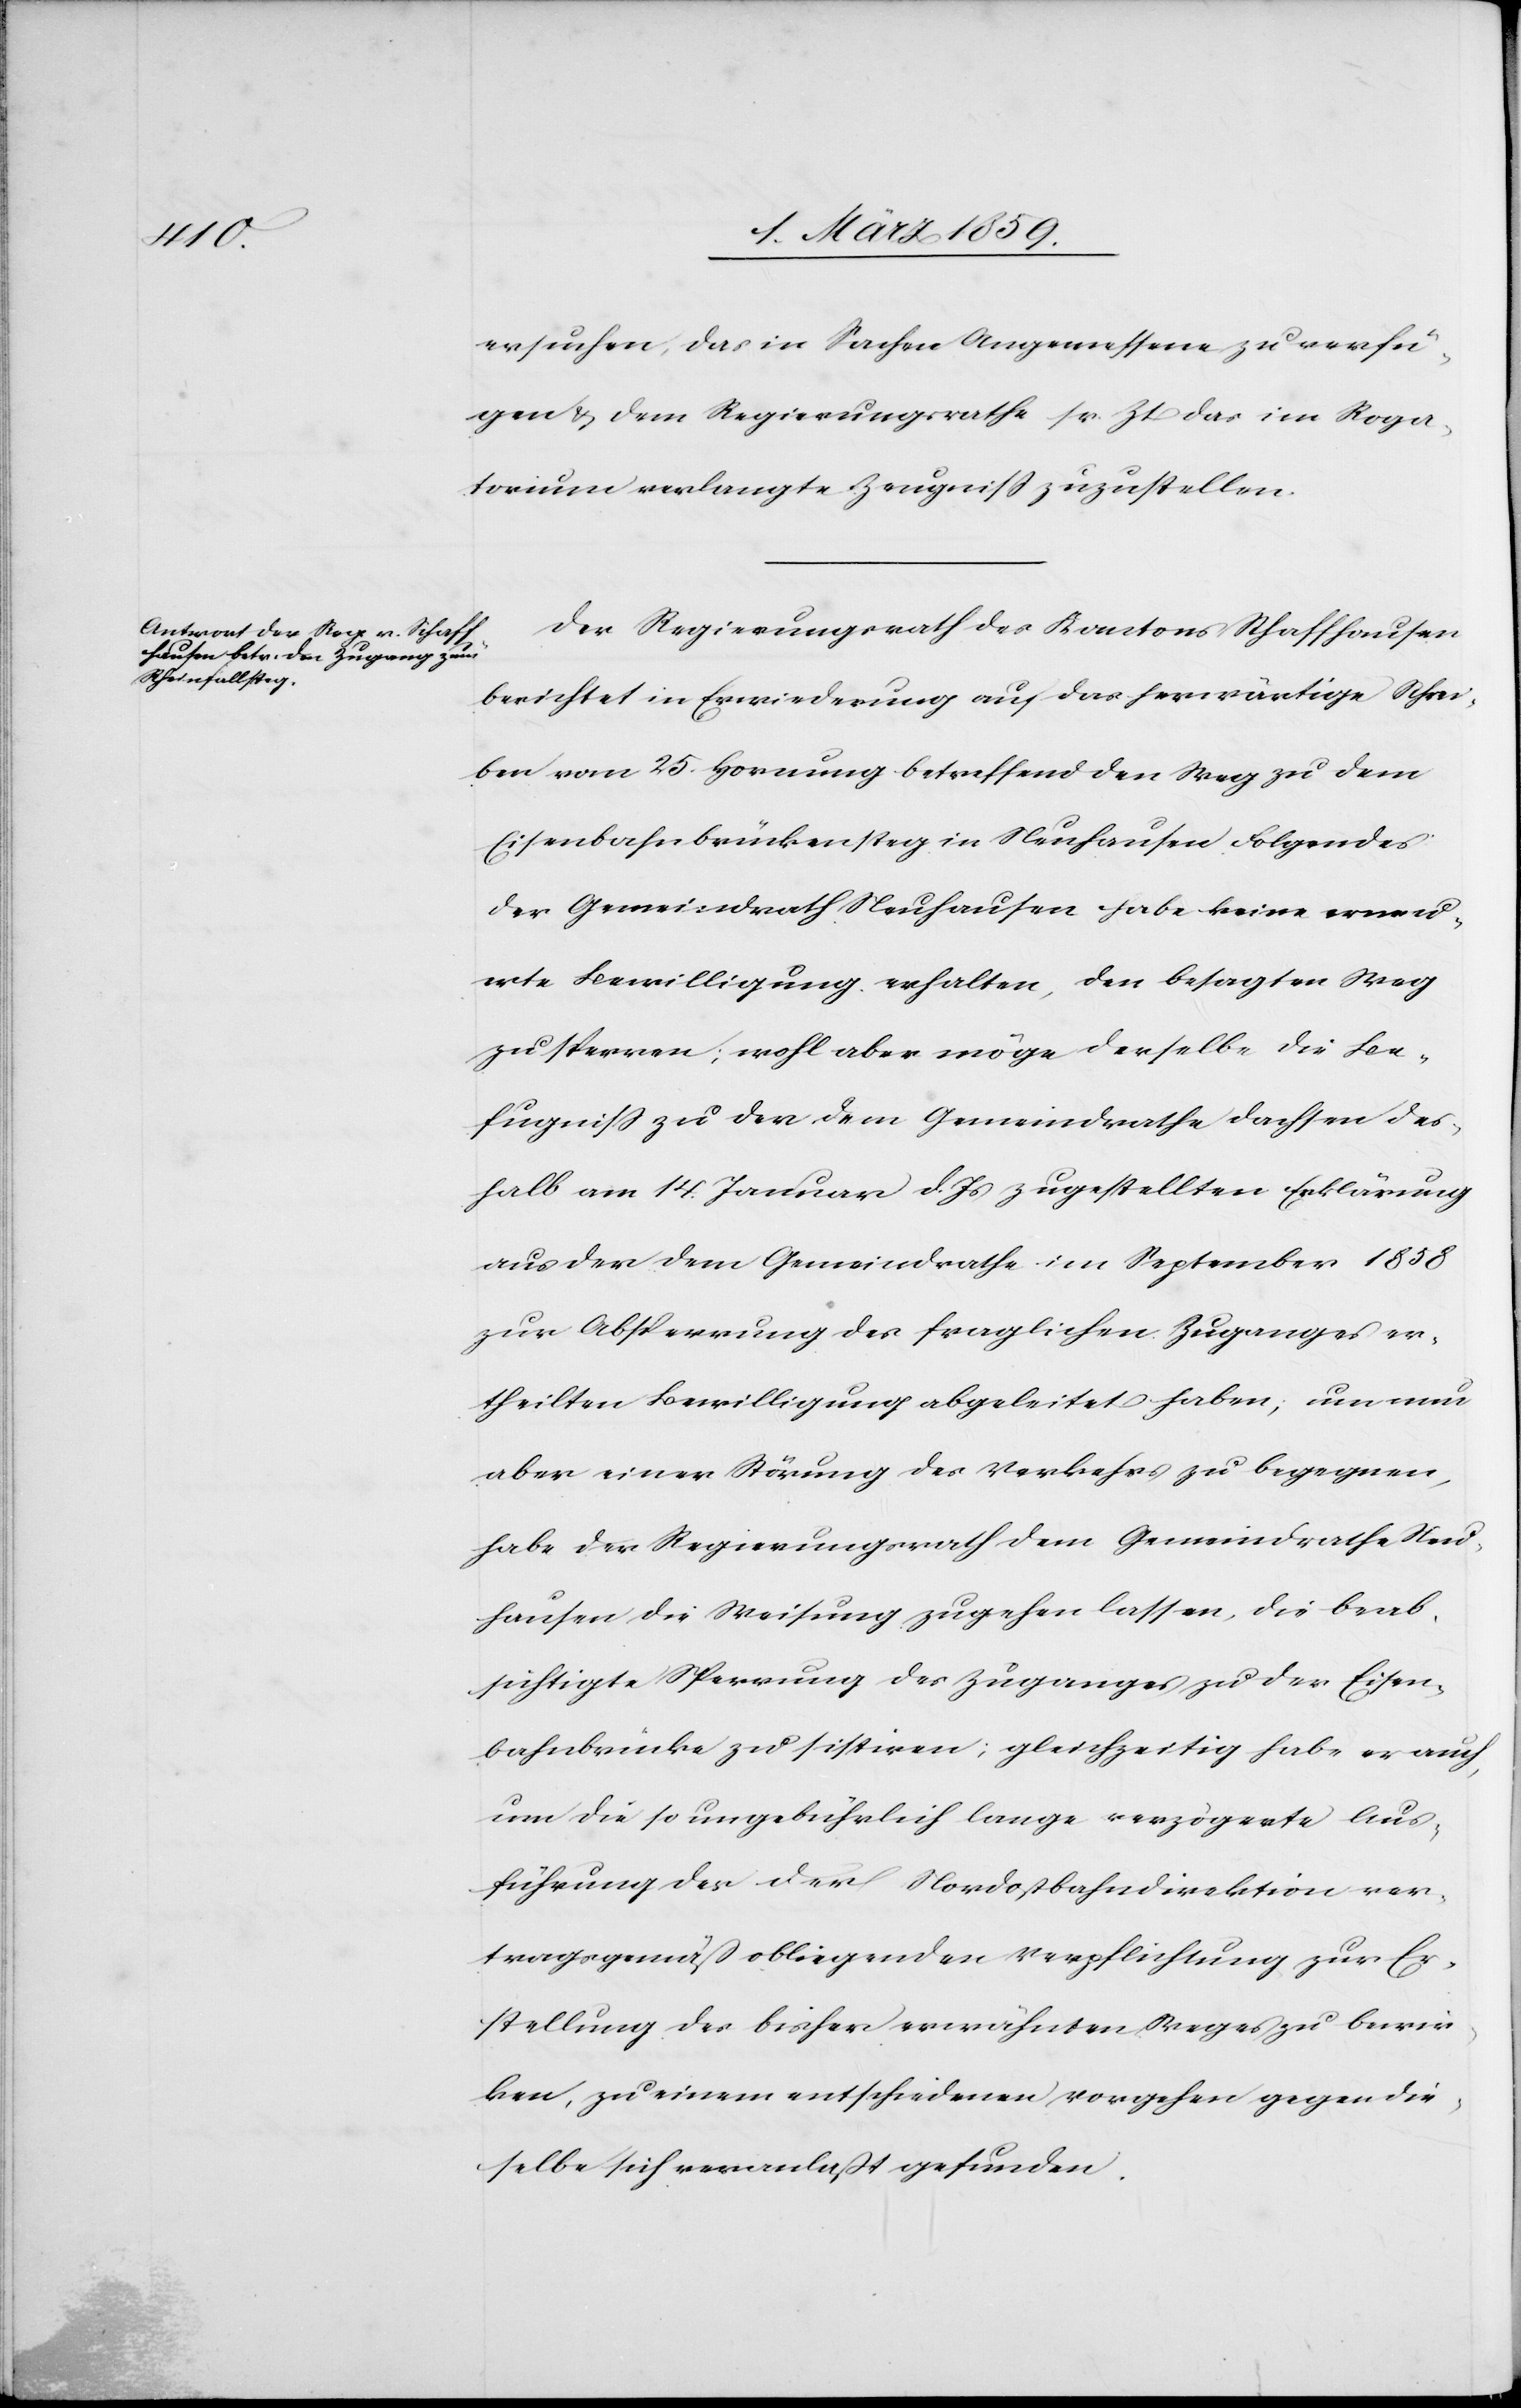
ersuchen, das in Sachen Angemessene zu verfü¬
gen & dem Regierungsrathe sr. Zt das im Roga¬
torium verlangte Zeugniß zuzustellen.
Der Regierungsrath des Kantons Schaffhausen
berichtet in Erwiederung auf das herwärtige Schrei¬
ben vom 25. Hornung betreffend den Weg zu dem
Eisenbahnbrückensteg in Neuhausen Folgendes:
Der Gemeindrath Neuhausen habe keine erneu¬
erte Bewilligung erhalten, den besagten Weg
zu sperren; wohl aber möge derselbe die Be¬
fugniß zu der dem Gemeindrathe Dachsen des¬
halb am 14. Januar d. Js. zugestellten Erklärung
aus der dem Gemeindrathe im September 1858
zur Absperrung des fraglichen Zuganges er¬
theilten Bewilligung abgeleitet haben; um nun
aber einer Störung des Verkehrs zu begegnen,
habe der Regierungsrath dem Gemeindrathe Neu¬
hausen die Weisung zugehen lassen, die beab¬
sichtigte Sperrung des Zuganges zu der Eisen¬
bahnbrücke zu sistiren; gleichzeitig habe er auch
um die so ungebührlich lange verzögerte Aus¬
führung der der Nordostbahndirektion ver¬
tragsgemäß obliegenden Verpflichtung zu bewir¬
ken, zu einem entschiedenen Vorgehen gegen die¬
selbe sich veranlaßt gefunden.